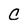
Character: C